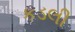
કડલી